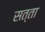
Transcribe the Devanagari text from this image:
सत्ता